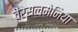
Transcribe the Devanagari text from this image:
वेंरेसलमेनिया